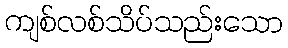
ကျစ်လစ်သိပ်သည်းသော